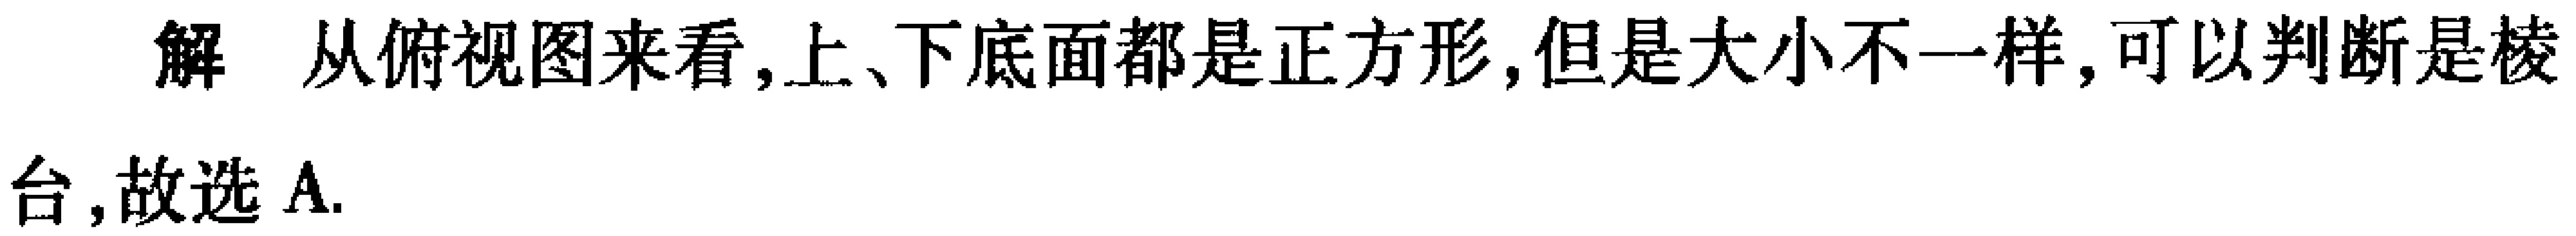
解 从俯视图来看,上、下底面都是正方形,但是大小不一样,可以判断是棱台,故选A.